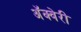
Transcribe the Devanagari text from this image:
अॅक्वेरी